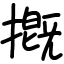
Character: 摡